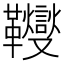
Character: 𩎃